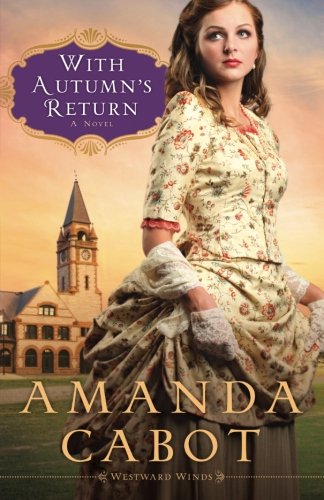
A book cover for With Autumn's Return: A Novel (Westward Winds) (Volume 3); Amanda Cabot; Romance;